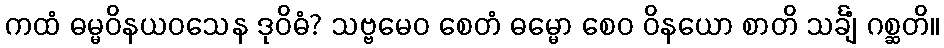
ကထံ ဓမ္မဝိနယဝသေန ဒုဝိဓံ? သဗ္ဗမေဝ စေတံ ဓမ္မော စေဝ ဝိနယော စာတိ သင်္ချံ ဂစ္ဆတိ။